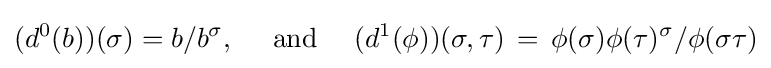
(d^{0}(b))(\sigma )=b/b^{\sigma },\quad {\text{ and }}\quad (d^{1}(\phi ))(\sigma ,\tau )\,=\,\phi (\sigma )\phi (\tau )^{\sigma }/\phi (\sigma \tau )